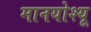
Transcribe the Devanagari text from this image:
मानयोश्यू